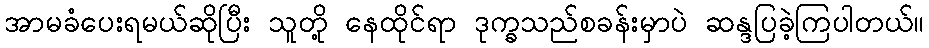
အာမခံပေးရမယ်ဆိုပြီး သူတို့ နေထိုင်ရာ ဒုက္ခသည်စခန်းမှာပဲ ဆန္ဒပြခဲ့ကြပါတယ်။